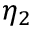
\eta _ { 2 }